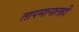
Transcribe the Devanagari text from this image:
तापमानातही